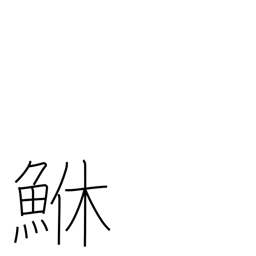
Meaning: rockfish